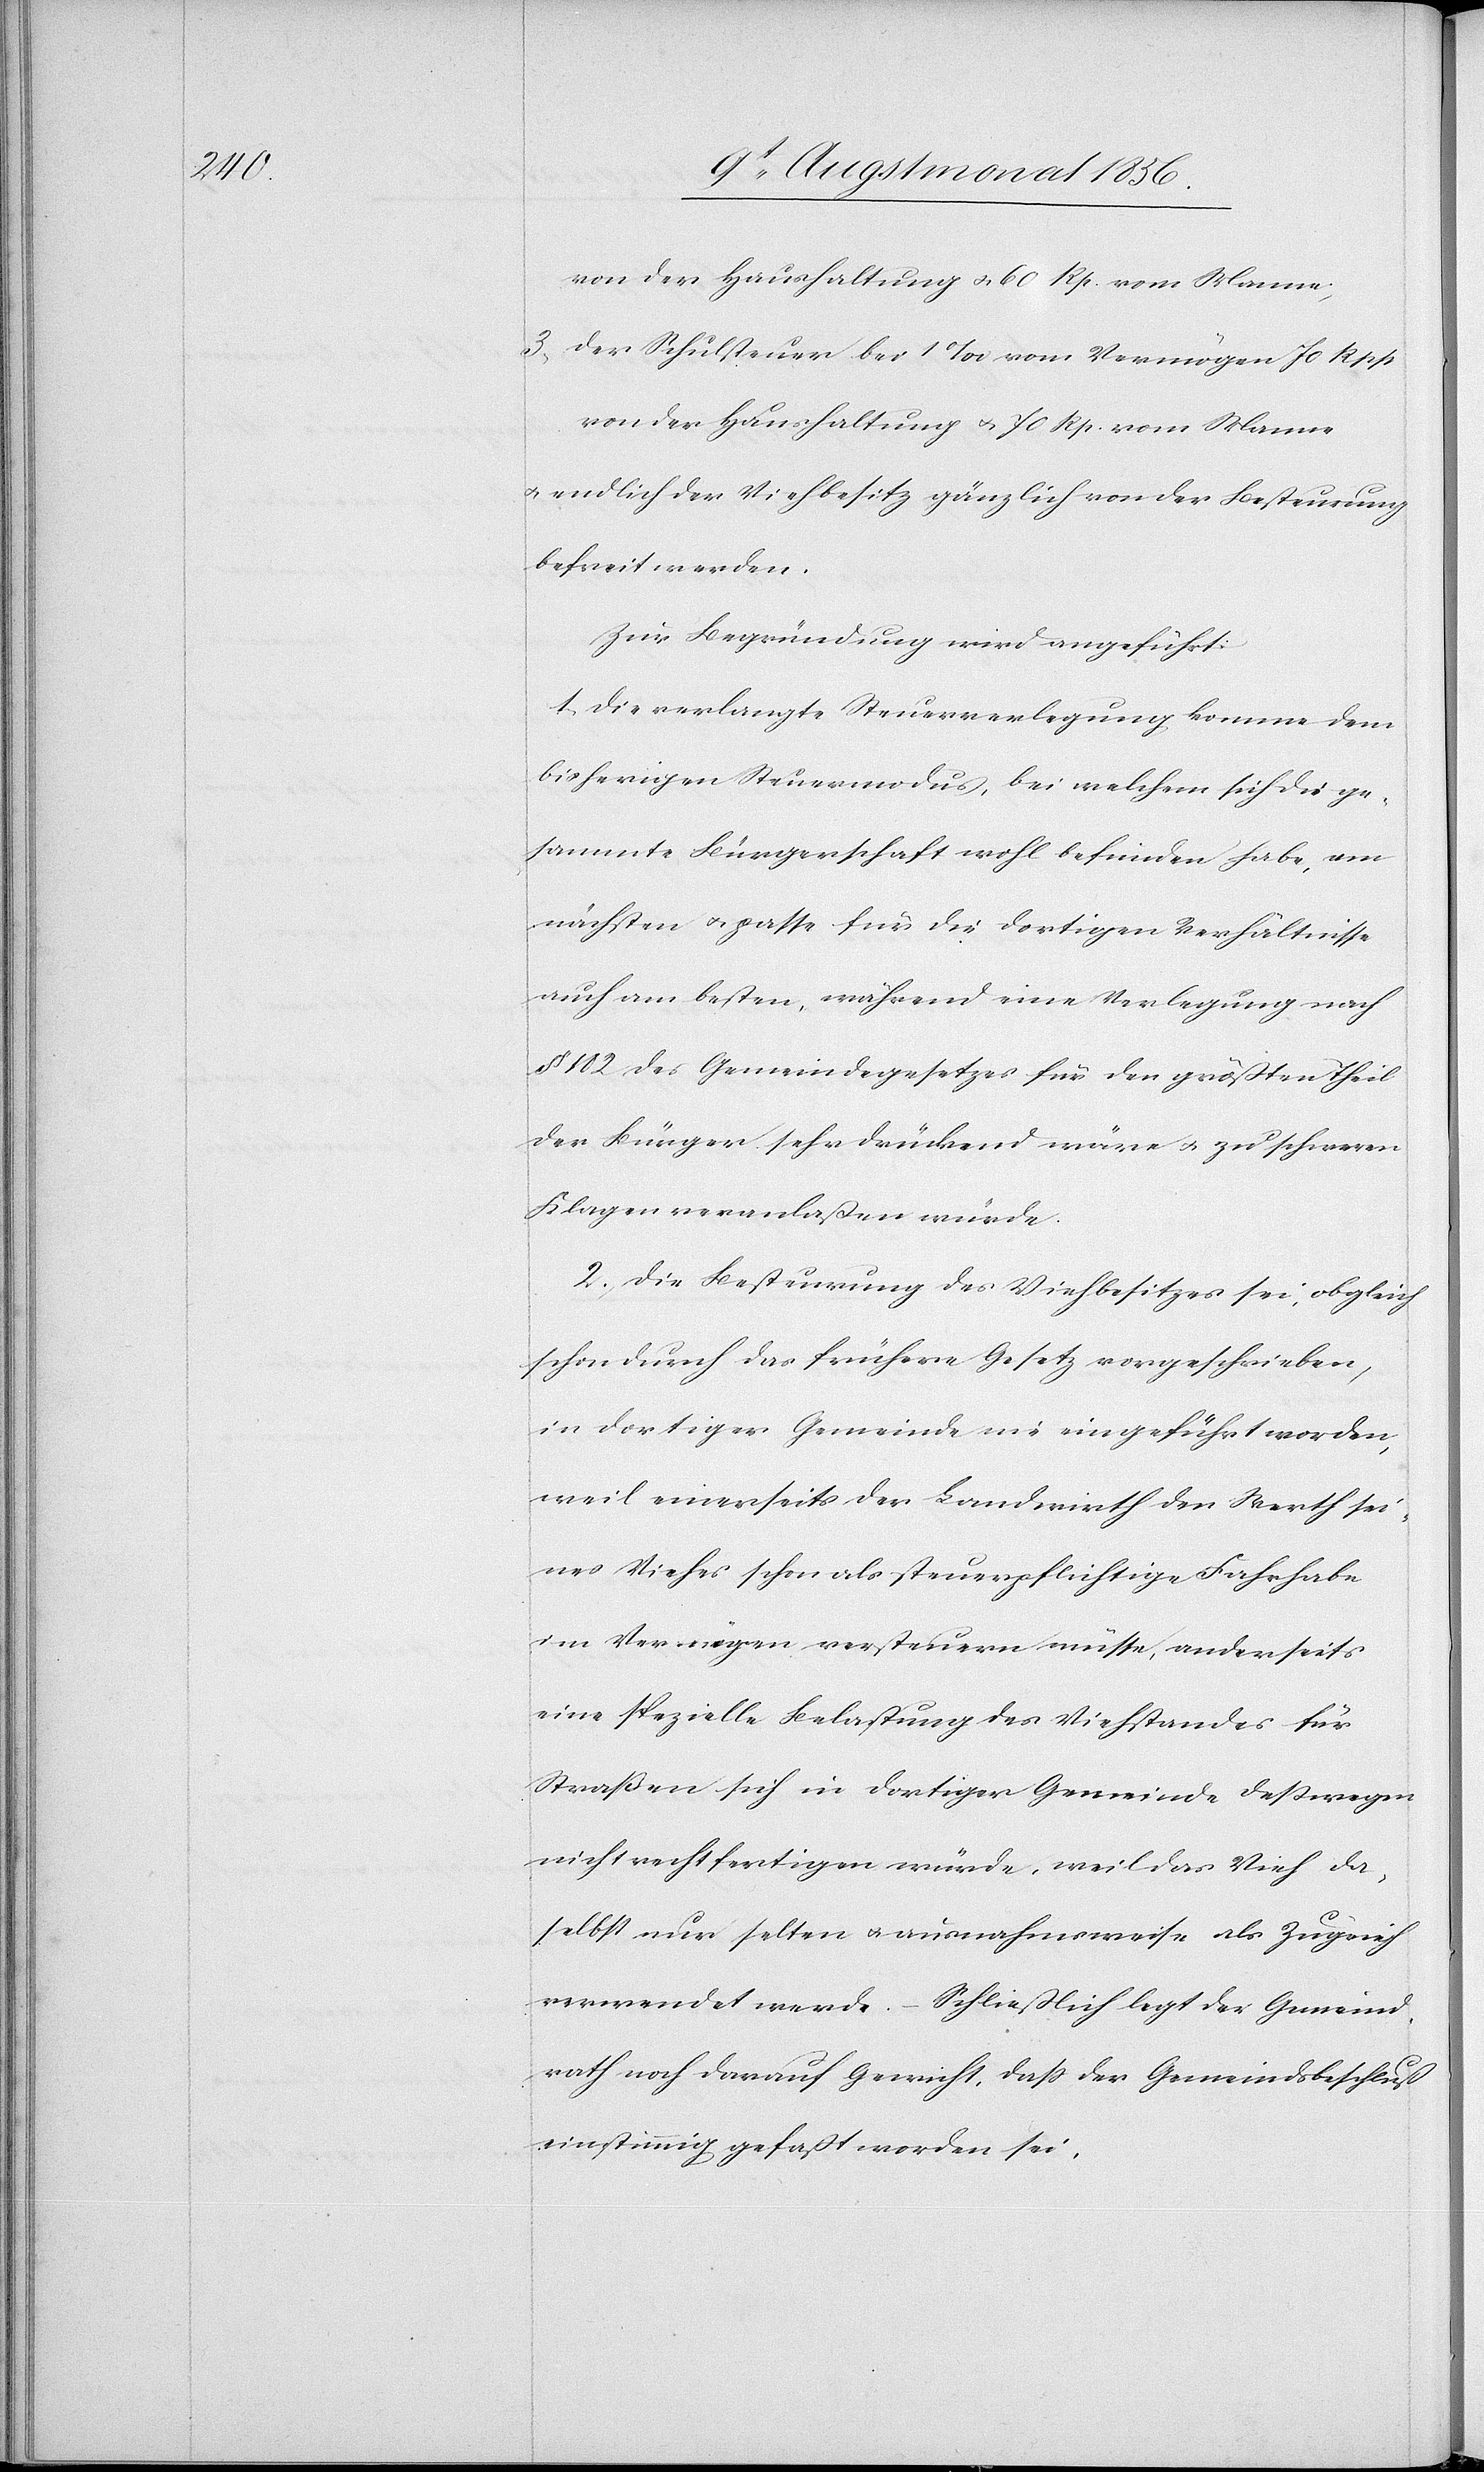
von der Haushaltung u. 60 Rp. vom Manne;
3.) der Schulsteuer bei 1‰ vom Vermögen 70 Rpp
von der Haushaltung u. 70 Rp. vom Manne
u. endlich der Viehbesitz gänzlich von der Besteurung
befreit werden.
Zur Begründung wird angeführt:
1.) Die verlangte Steuerverlegung komme dem
bisherigen Steuermodus, bei welchem sich die ge¬
sammte Bürgerschaft wohl befunden habe, am
nächsten u. passe für die dortigen Verhältnisse
auch am besten, während eine Verlegung nach
§ 182 des Gemeindegesetzes für den größten Theil
der Bürger sehr drückend wäre u. zu schweren
Klagen veranlaßen würde.
2.) Die Besteurung des Viehbesitzes sei, obgleich
schon durch das frühere Gesetz vorgeschrieben,
in dortiger Gemeinde nie eingeführt worden,
weil einerseits der Landwirth den Werth sei¬
nes Viehes schon als steuerpflichtige Fahrhabe
im Vermögen versteuern müsse, anderseits
eine spezielle Belastung des Viehstandes für
Straßen sich in dortiger Gemeinde desswegen
nicht rechtfertigen würde, weil das Vieh da¬
selbst nur selten u. ausnahmsweise als Zugvieh
verwendet werde. – Schließlich legt der Gemeind¬
rath noch darauf Gewicht, dass der Gemeindsbeschluß
einstimmig gefaßt worden sei.